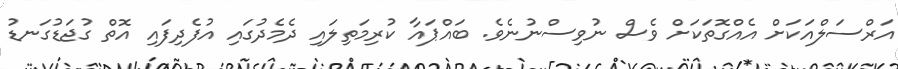
އަރްސަލްއަކަށް އެއްގޮތަކަށް ވެސް ނުވިސްނުނެވެ. ބައްޕައާ ކުރިމަތިލައި ދެމެދުގައި އުފެދިފައި އޮތް ގުޖަޑުގަނޑު